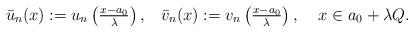
LaTeX: \begin{align*}\bar{u}_n(x):= u_n\left(\tfrac{x-a_0}{\lambda}\right), \;\;\; \bar{v}_n(x):= v_n\left(\tfrac{x-a_0}{\lambda}\right), \;\;\;\; x \in a_0+\lambda Q.\end{align*}